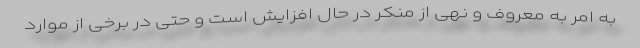
به امر به معروف و نهی از منکر در حال افزایش است و حتی در برخی از موارد